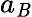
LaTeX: a_{\mathit{B}}